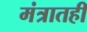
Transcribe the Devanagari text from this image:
मंत्रातही